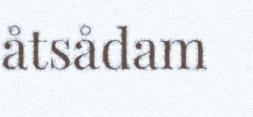
åtsådam